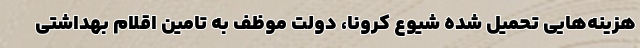
هزینه‌هایی تحمیل شده شیوع کرونا، دولت موظف به تامین اقلام بهداشتی